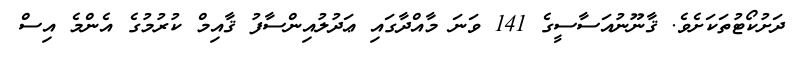
ދަށުކޯޓުތަކަށެވެ. ޤާނޫނުއަސާސީގެ 141 ވަނަ މާއްދާގައި ޢަދުލުއިންސާފު ޤާއިމް ކުރުމުގެ އެންމެ އިސް